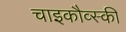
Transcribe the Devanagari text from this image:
चाइकौव्स्की